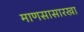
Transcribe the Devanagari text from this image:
माणसासारखा